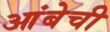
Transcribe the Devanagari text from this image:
आंबेची